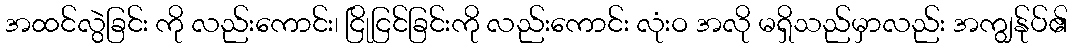
အထင်လွဲခြင်း ကို လည်းကောင်း၊ ငြိုငြင်ခြင်းကို လည်းကောင်း လုံးဝ အလို မရှိသည်မှာလည်း အကျွန်ုပ်၏